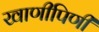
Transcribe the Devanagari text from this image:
खाणीपिणी